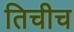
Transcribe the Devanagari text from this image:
तिचीच